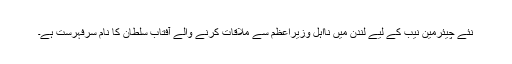
نئے چیئرمین نیب کے لیے لندن میں نااہل وزیراعظم سے ملاقات کرنے والے آفتاب سلطان کا نام سرفہرست ہے۔